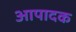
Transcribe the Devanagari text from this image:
आपादक